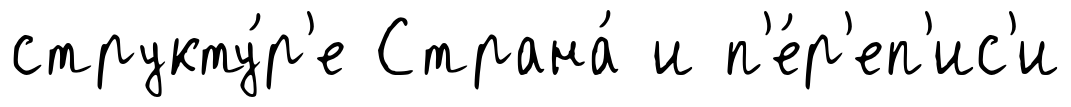
структу́р'е Страна́ и п'е́р'еп'ис'и